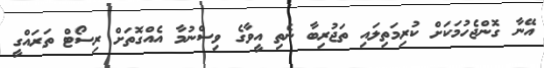
އޭނާ ގޮންޖެހުމަކަށް ކުރިމަތިލައި ތަޖުރިބާ ނެތި އީވާގެ ވިސްނުމާ އެއްގޮތަށް ރިސޯޓް ތަރައްގީ